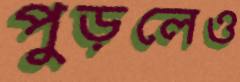
পুড়লেও